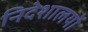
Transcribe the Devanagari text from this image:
निदेशालयों